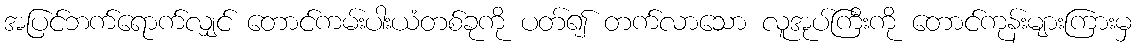
အပြင်ဘက်ရောက်လျှင် တောင်ကမ်းပါးယံတစ်ခုကို ပတ်၍ တက်လာသော လူအုပ်ကြီးကို တောင်ကုန်းများကြားမှ